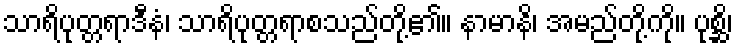
သာရိပုတ္တရာဒီနံ၊ သာရိပုတ္တရာစသည်တို့၏။ နာမာနိ၊ အမည်တို့ကို။ ပုစ္ဆိ၊